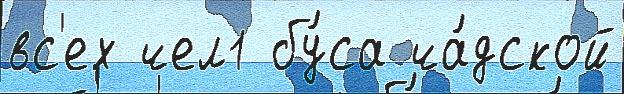
вс'ех чел1 бу́са ча́дской